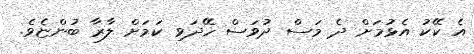
އެ ކޭކު އެޅުމަށް ދެ މަސް ދުވަސް ހޭދަވި ކަމަށް ލާރާ ބުންޏެވެ.